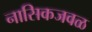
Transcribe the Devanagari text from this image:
नासिकजवळ